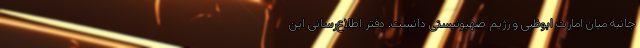
جانبه میان امارت ابوظبی و رژیم صهیونیستی دانست. دفتر اطلاع‌رسانی این